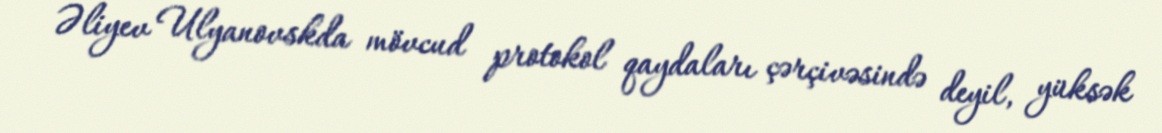
Əliyev Ulyanovskda mövcud protokol qaydaları çərçivəsində deyil, yüksək